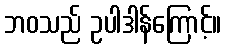
ဘဝသည် ဥပါဒါန်ကြောင့်။